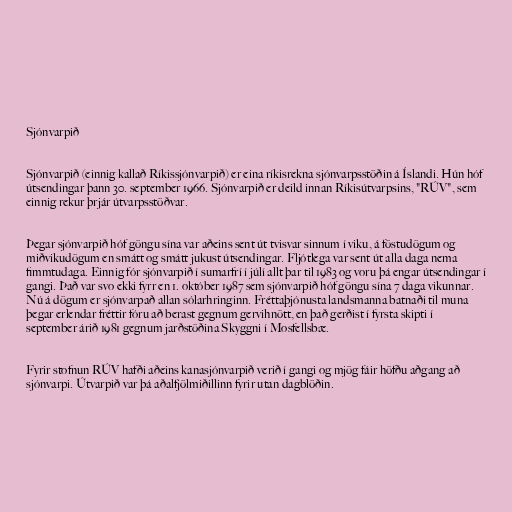
Sjónvarpið

Sjónvarpið (einnig kallað Ríkissjónvarpið) er eina ríkisrekna sjónvarpsstöðin á Íslandi. Hún hóf
útsendingar þann 30. september 1966. Sjónvarpið er deild innan Ríkisútvarpsins, "RÚV", sem
einnig rekur þrjár útvarpsstöðvar.

Þegar sjónvarpið hóf göngu sína var aðeins sent út tvisvar sinnum í viku, á föstudögum og
miðvikudögum en smátt og smátt jukust útsendingar. Fljótlega var sent út alla daga nema
fimmtudaga. Einnig fór sjónvarpið í sumarfrí í júlí allt þar til 1983 og voru þá engar útsendingar í
gangi. Það var svo ekki fyrr en 1. október 1987 sem sjónvarpið hóf göngu sína 7 daga vikunnar.
Nú á dögum er sjónvarpað allan sólarhringinn. Fréttaþjónusta landsmanna batnaði til muna
þegar erlendar fréttir fóru að berast gegnum gervihnött, en það gerðist í fyrsta skipti í
september árið 1981 gegnum jarðstöðina Skyggni í Mosfellsbæ.

Fyrir stofnun RÚV hafði aðeins kanasjónvarpið verið í gangi og mjög fáir höfðu aðgang að
sjónvarpi. Útvarpið var þá aðalfjölmiðillinn fyrir utan dagblöðin.